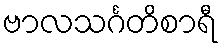
ဗာလသင်္ဂတိစာရီ